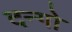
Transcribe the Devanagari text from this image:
दन्गो